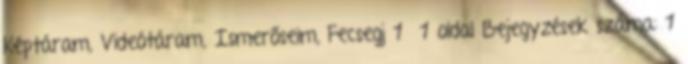
Képtáram, Videótáram, Ismerőseim, Fecsegj 1 1 oldal Bejegyzések száma: 1